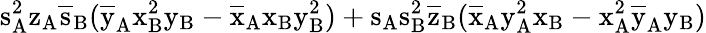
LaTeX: \mathrm{s_{A}^{2}\mathrm{z_{A}\mathrm{\overline{{s}}_{B}(\mathrm{\overline{{y}}_{A}\mathrm{x_{B}^{2}\mathrm{y_{B}-\mathrm{\overline{{x}}_{A}\mathrm{x_{B}\mathrm{y_{B}^{2})+\mathrm{s_{A}\mathrm{s_{B}^{2}\mathrm{\overline{{z}}_{B}(\mathrm{\overline{{x}}_{A}\mathrm{y_{A}^{2}\mathrm{x_{B}-\mathrm{x_{A}^{2}\mathrm{\overline{{y}}_{A}\mathrm{y_{B})}}}}}}}}}}}}}}}}}}